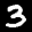
Label: 3